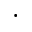
\cdot